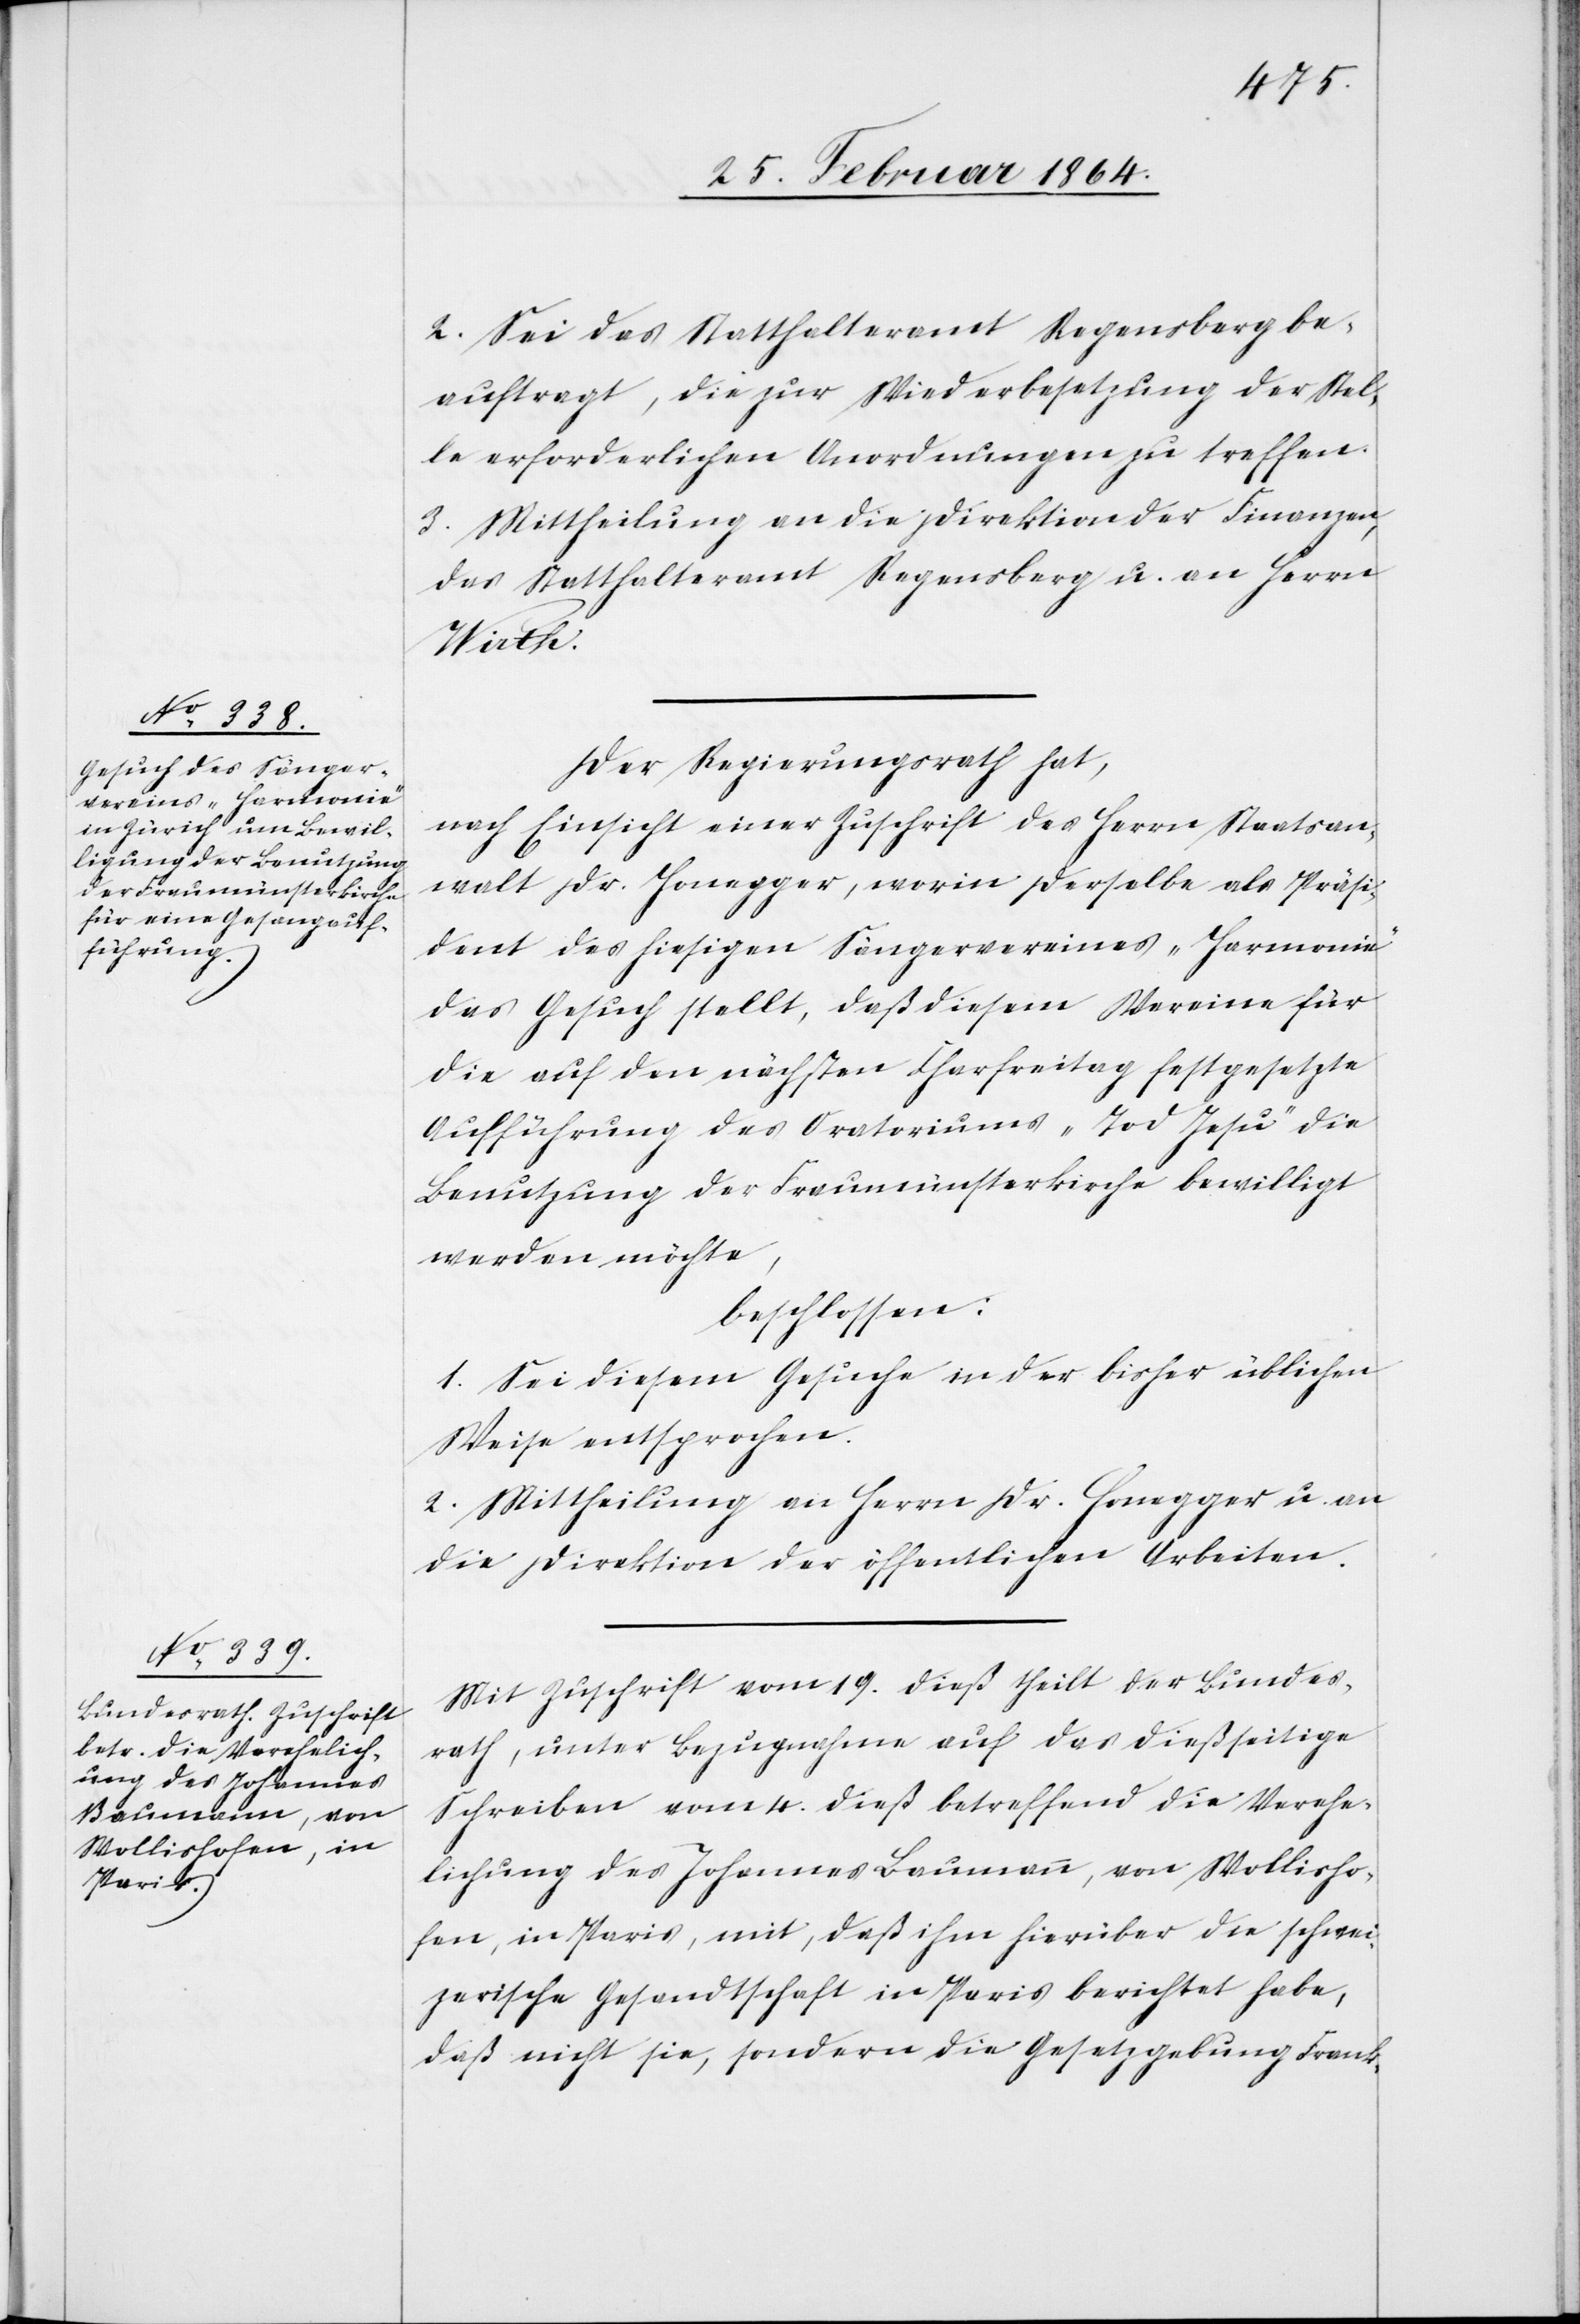
2. Sei das Statthalteramt Regensberg be¬
auftragt, die zur Wiederbesetzung der Stel¬
le erforderlichen Anordnungen zu treffen.
3. Mittheilung an die Direktion der Finanzen,
das Statthalteramt Regensberg u. an Herrn
Wirth.
Der Regierungsrath hat,
nach Einsicht einer Zuschrift des Herrn Staatsan¬
walt Dr. Honegger, worin derselbe als Präsi¬
dent des hiesigen Sängervereines „Harmonie“
das Gesuch stellt, daß diesem Vereine für
die auf den nächsten Charfreitag festgesetzte
Aufführung des Oratoriums „Tod Jesu“ die
Benutzung der Fraumünsterkirche bewilligt
werden möchte,
beschlossen:
1. Sei diesem Gesuche in der bisher üblichen
Weise entsprochen.
2. Mittheilung an Herrn Dr. Honegger u. an
die Direktion der öffentlichen Arbeiten.
Mit Zuschrift vom 19. dieß theilt der Bundes¬
rath, unter Bezugnahme auf das dießseitige
Schreiben vom 4. dieß betreffend die Verehe¬
lichung des Johannes Baumann, von Wollisho¬
fen, in Paris, mit, daß ihm hierüber die schwei¬
zerische Gesandtschaft in Paris berichtet habe,
daß nicht sie, sondern die Gesetzgebung Frank-